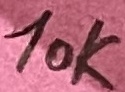
Text: 10K